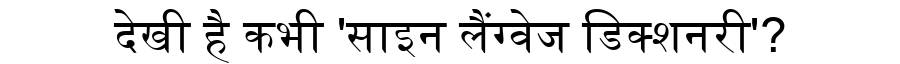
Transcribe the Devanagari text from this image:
देखी है कभी 'साइन लैंग्वेज डिक्शनरी'?